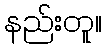
နည်းတူ။